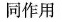
同作用